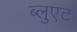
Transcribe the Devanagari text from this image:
ब्लुएट